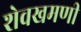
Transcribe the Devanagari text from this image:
शेवखमणी